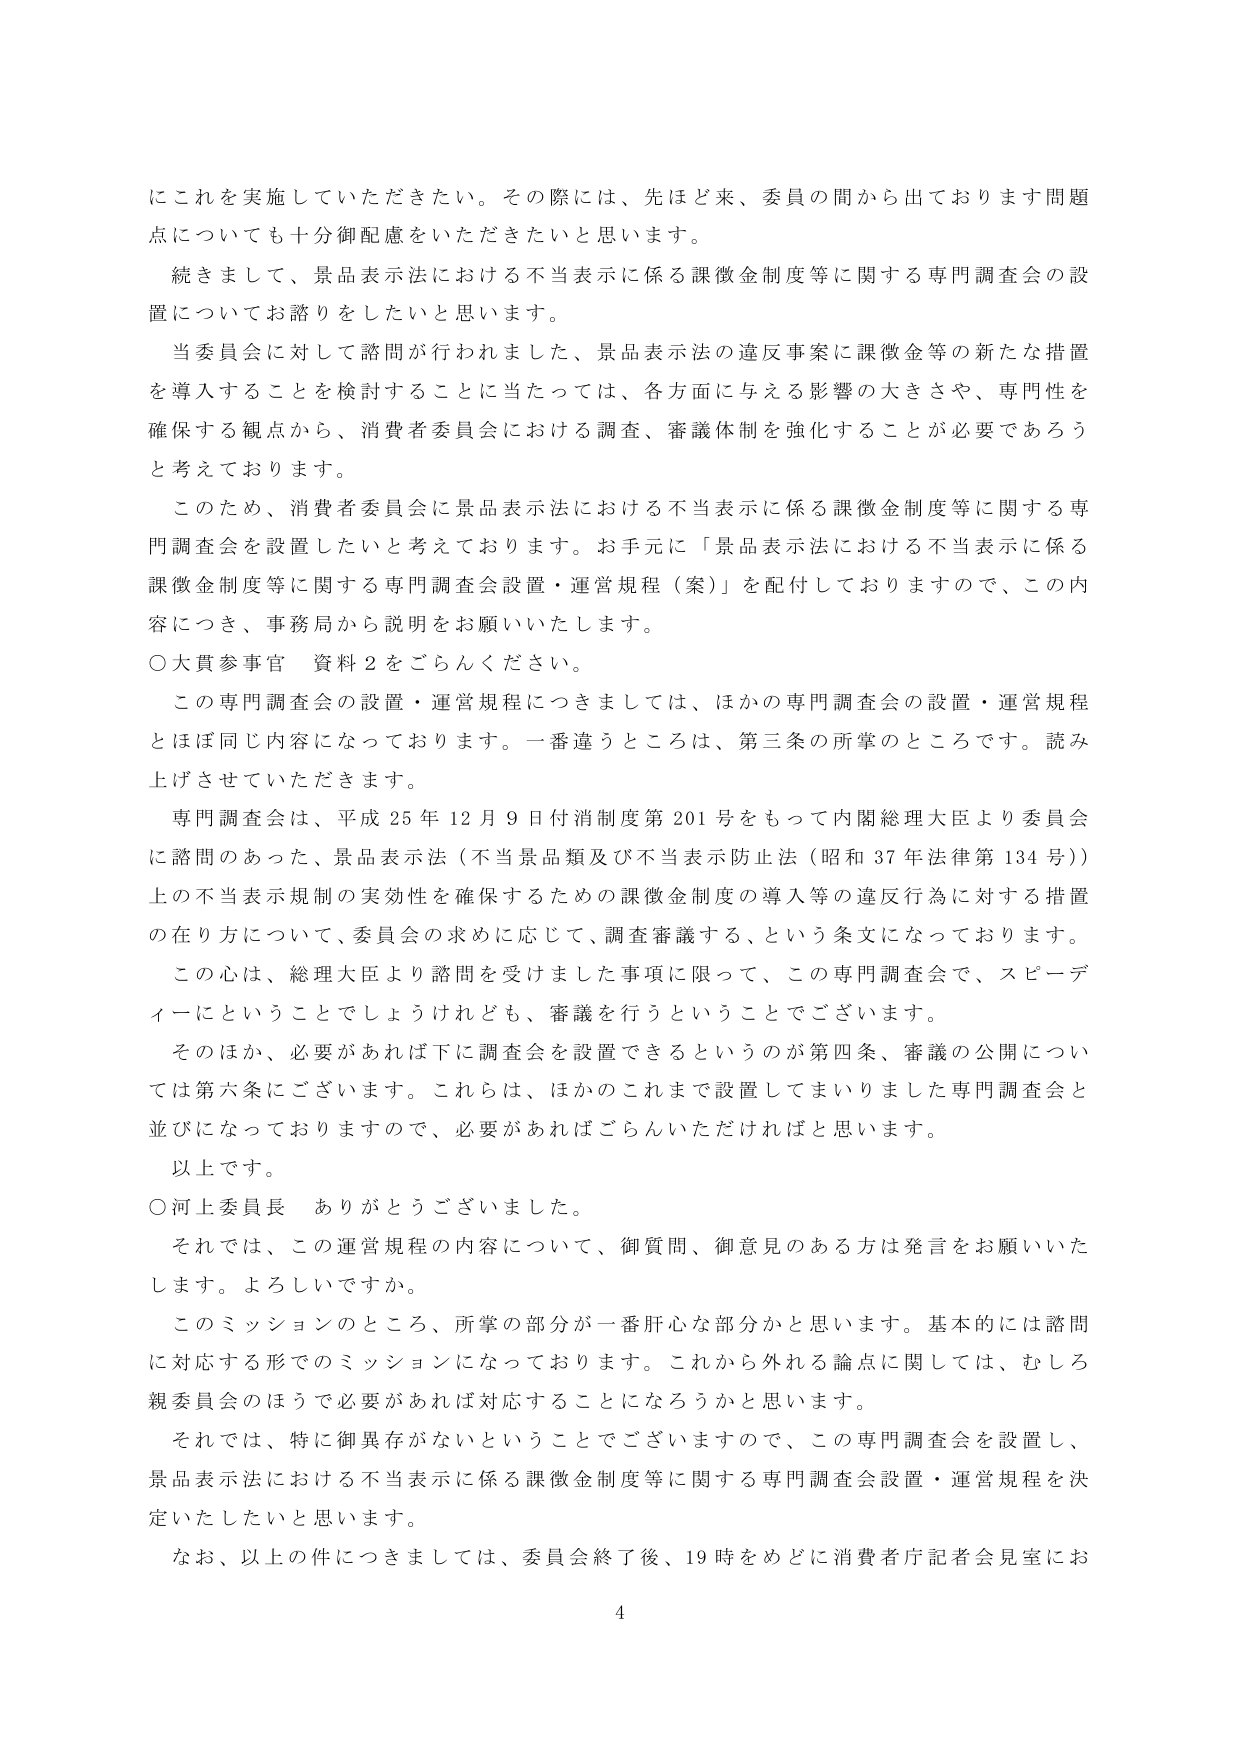
にこれを実施していただきたい。その際には、先ほど来、委員の間から出ております問題点についても十分御配慮をいただきたいと思います。

続きまして、景品表示法における不当表示に係る課徴金制度等に関する専門調査会の設置についてお諮りをしたいと思います。

当委員会に対して諮問が行われました、景品表示法の違反事案に課徴金等の新たな措置を導入することを検討することに当たっては、各方面に与える影響の大きさや、専門性を確保する観点から、消費者委員会における調査、審議体制を強化することが必要であろうと考えております。

このため、消費者委員会に景品表示法における不当表示に係る課徴金制度等に関する専門調査会を設置したいと考えております。お手元に「景品表示法における不当表示に係る課徴金制度等に関する専門調査会設置・運営規程（案）」を配付しておりますので、この内容につき、事務局から説明をお願いいたします。

○大貫参事官 資料２をごらんください。

この専門調査会の設置・運営規程につきましては、ほかの専門調査会の設置・運営規程とほぼ同じ内容になっております。一番違うところは、第三条の所掌のところです。読み上げさせていただきます。

専門調査会は、平成25年12月9日付消費制度第201号をもって内閣総理大臣より委員会に諮問のあった、景品表示法（不当景品類及び不当表示防止法（昭和37年法律第134号））上の不当表示規制の実効性を確保するための課徴金制度の導入等の違反行為に対する措置の在り方について、委員会の求めに応じて、調査審議する、という条文になっております。

この心は、総理大臣より諮問を受けました事項に限って、この専門調査会で、スピーディーにということでしょうけれども、審議を行うということでございます。

そのほか、必要があれば下に調査会を設置できるというのが第四条、審議の公開については第六条にございます。これらは、ほかのこれまで設置してまいりました専門調査会と並びになっておりますので、必要があればごらんいただければと思います。

以上です。

○河上委員長 ありがとうございました。

それでは、この運営規程の内容について、御質問、御意見のある方は発言をお願いいたします。よろしいですか。

このミッションのところ、所掌の部分が一番肝心な部分かと思います。基本的には諮問に対応する形でのミッションになっております。これから外れる論点に関しては、むしろ親委員会のほうで必要があれば対応することになろうかと思います。

それでは、特に御異存がないということでございますので、この専門調査会を設置し、景品表示法における不当表示に係る課徴金制度等に関する専門調査会設置・運営規程を決定いたしたいと思います。

なお、以上の件につきましては、委員会終了後、19時をめどに消費者庁記者会見室にお

4